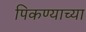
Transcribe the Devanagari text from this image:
पिकण्याच्या